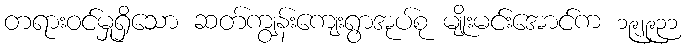
တရားဝင်မှုရှိသော ဆတ်ကျွန်းကျေးရွာအုပ်စု မျိုးမင်းအောင်က ၁၉၂၉၃၁